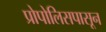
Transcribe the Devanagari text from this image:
प्रोपोलिसपासून